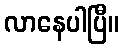
လာနေပါပြီ။